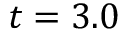
t = 3 . 0